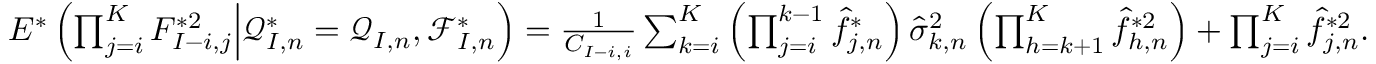
\begin{array} { r } { E ^ { * } \left( \prod _ { j = i } ^ { K } F _ { I - i , j } ^ { * 2 } \Big | \mathcal { Q } _ { I , n } ^ { * } = \mathcal { Q } _ { I , n } , \mathcal { F } _ { I , n } ^ { * } \right) = \frac { 1 } { C _ { I - i , i } } \sum _ { k = i } ^ { K } \left( \prod _ { j = i } ^ { k - 1 } \widehat f _ { j , n } ^ { * } \right) \widehat \sigma _ { k , n } ^ { 2 } \left( \prod _ { h = k + 1 } ^ { K } \widehat f _ { h , n } ^ { * 2 } \right) + \prod _ { j = i } ^ { K } \widehat f _ { j , n } ^ { * 2 } . } \end{array}